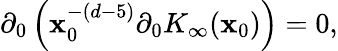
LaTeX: \partial_{0}\left(\mathbf{x}_{0}^{-(d-5)}\partial_{0}K_{\infty}(\mathbf{x}_{0})\right)=0,